Lock hospitals Punjab
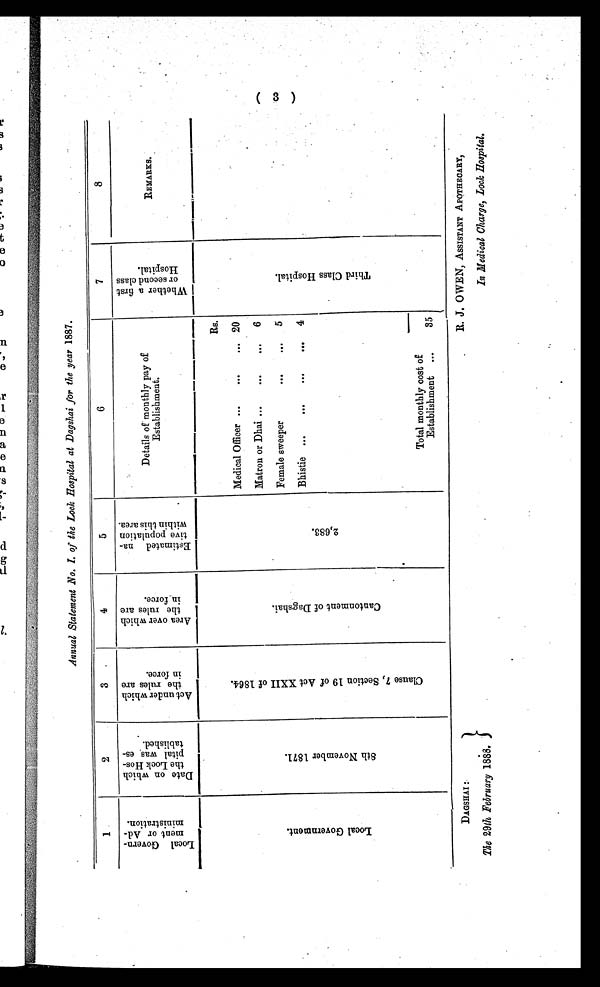
DAGSHAI:
The 29th February 1888.
R. J. OWEN, ASSISTANT APOTHECARY,
In Medical Charge, Lock Hospital.
Annual Statement No. I. of the Lock Hospital at Dagshai for the year 1887.
1
2
3
4
5
6
7
8
L o c a l G o v e r n - m e n t o r A d - m i n i s t r a t i o n .
D a t e o n w h i c h t h e L o c k H o s - p i t a l w a s e s - t a b l i s h e d .
A c t u n d e r w h i c h t h e r u l e s a r e i n f o r c e .
A r e a o v e r w h i c h t h e r u l e s a r e i n f o r c e .
E s t i m a t e d n a - t i v e p o p u l a t i o n w i t h i n t h i s a r e a .
Details of monthly pay of
Establishment.
W h e t h e r a f i r s t o r s e c o n d c l a s s H o s p i t a l .
R E M A R K S .
L o c a l G o v e r n m e n t .
8 t h N o v e m b e r 1 8 7 1 .
C l a u s e 7 , S e c t i o n 1 9 o f A c t X X I I o f 1 8 6 4 .
C a n t o n m e n t o f D a g s h a i .
2 , 6 8 3 .
Rs.
T h i r d C l a s s H o s p i t a l .
Medical Officer ...
...
... 20
Matron or Dhai ...
...
. . .
6
Female sweeper ... . . .
. . .
5
Bhistie ...
...
. . . 4
Total monthly cost of
Establishment ...
35
( 3 )